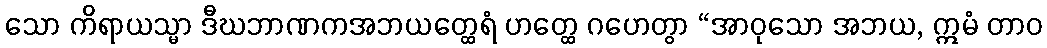
သော ကိရာယသ္မာ ဒီဃဘာဏကအဘယတ္ထေရံ ဟတ္ထေ ဂဟေတွာ “အာဝုသော အဘယ, ဣမံ တာဝ